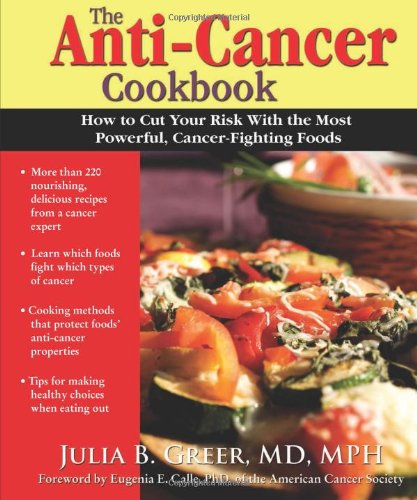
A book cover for The Anti-Cancer Cookbook: How to Cut Your Risk with the Most Powerful, Cancer-Fighting Foods; Julia Greer Dr.; Cookbooks, Food & Wine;